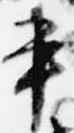
書